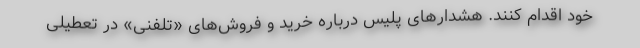
خود اقدام کنند. هشدارهای پلیس درباره خرید و فروش‌های «تلفنی» در تعطیلی